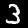
Digit: 3